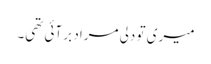
میری تو دلی مراد بر آئی تھی۔